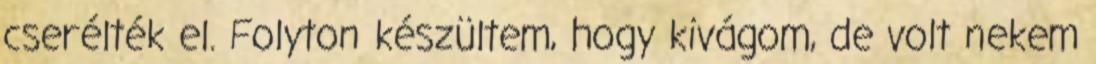
cserélték el. Folyton készültem, hogy kivágom, de volt nekem